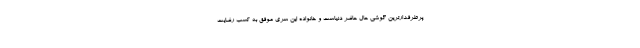
پرطرفدارترین گوشی حال حاضر دنیاست و خانواده این سری موفق به کسب رضایت